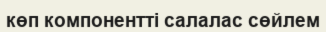
көп компонентті салалас сөйлем